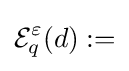
{\mathcal {E}}_{q}^{\varepsilon }(d):=\,\!